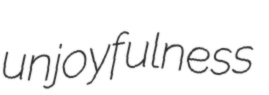
unjoyfulness